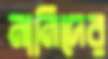
নানিদের